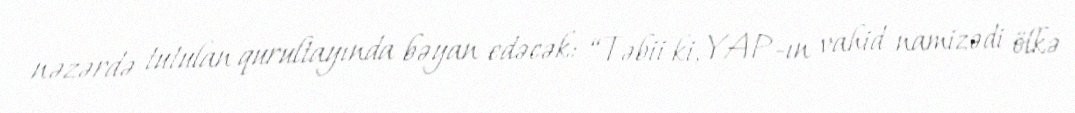
nəzərdə tutulan qurultayında bəyan edəcək: “Təbii ki, YAP-ın vahid namizədi ölkə